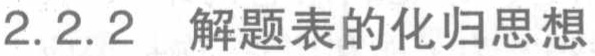
2.2.2 解题表的化归思想